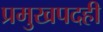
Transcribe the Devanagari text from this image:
प्रमुखपदही